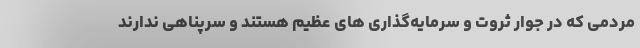
مردمی که در جوار ثروت و سرمایه‌گذاری های عظیم هستند و سرپناهی ندارند